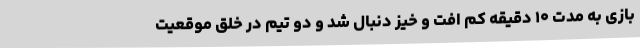
بازی به مدت ۱۰ دقیقه کم افت و خیز دنبال شد و دو تیم در خلق موقعیت